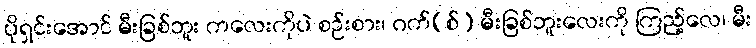
ပိုရှင်းအောင် မီးခြစ်ဘူး ကလေးကိုပဲ စဉ်းစား၊ ဂက်(စ်) မီးခြစ်ဘူးလေးကို ကြည့်လေ၊ မီး